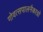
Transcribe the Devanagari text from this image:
गोवत्सपालनैकाग्रो